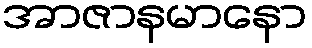
အာဇာနမာနော